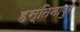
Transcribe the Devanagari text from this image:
हस्तिनापुरे